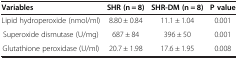
<table><thead><tr><td><b>Variables</b></td><td><b>SHR (n = 8)</b></td><td><b>SHR-DM (n = 8)</b></td><td><b>P value</b></td></tr></thead><tbody><tr><td>Lipid hydroperoxide (nmol/ml)</td><td>8.80 ± 0.84</td><td>11.1 ± 1.04</td><td>0.001</td></tr><tr><td>Superoxide dismutase (U/mg)</td><td>687 ± 84</td><td>396 ± 50</td><td>0.001</td></tr><tr><td>Glutathione peroxidase (U/ml)</td><td>20.7 ± 1.98</td><td>17.6 ± 1.95</td><td>0.008</td></tr></tbody></table>